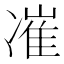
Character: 凗